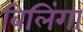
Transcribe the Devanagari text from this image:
बिलिंगा